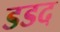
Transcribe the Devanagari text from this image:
डडद